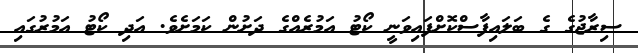
ސިރާޖުގެ ގެ ބަލައިފާސްކޮށްފައިވަނީ ކޯޓު އަމުރެއްގެ ދަށުން ކަމަށެވެ. އަދި ކޯޓު އަމުރުގައި